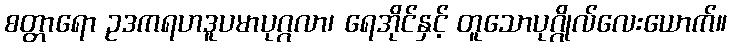
စတ္တာရော ဥဒကရဟဒူပမာပုဂ္ဂလာ၊ ရေအိုင်နှင့် တူသောပုဂ္ဂိုလ်လေးယောက်။